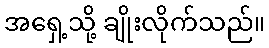
အရှေ့သို့ ချိုးလိုက်သည်။